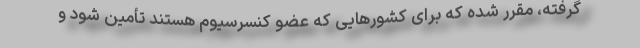
گرفته، مقرر شده که برای کشورهایی که عضو کنسرسیوم هستند تأمین شود و